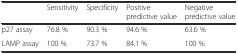
|  | Sensitivity | Specificity | Positive predictive value | Negative predictive value |
 | --- | --- | --- | --- | --- |
 | p27 assay | 76.8 % | 90.3 % | 94.6 % | 63.6 % |
 | LAMP assay | 100 % | 73.7 % | 84.1 % | 100 % |